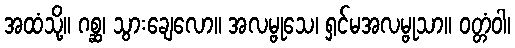
အထံသို့။ ဂစ္ဆ၊ သွားချေလော။ အလမ္ဗုသေ၊ ရှင်မအလမ္ဗုသာ။ ဝတ္တံဝါ၊